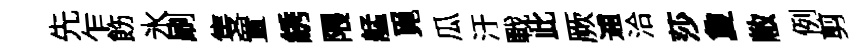
先乍飭氷刷隻置綉隈艋覓瓜汙戰此厥逋洽莎夐敝例剪